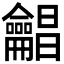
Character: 𪛋